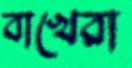
বাখেরা